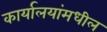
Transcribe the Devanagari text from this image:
कार्यालयांमधील